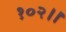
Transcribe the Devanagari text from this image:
१०२।।